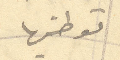
توطنها